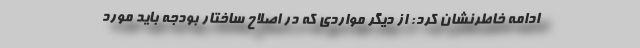
ادامه خاطرنشان کرد: از دیگر مواردی که در اصلاح ساختار بودجه باید مورد